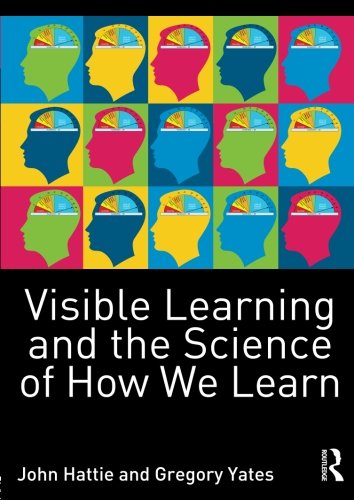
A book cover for Visible Learning and the Science of How We Learn; John Hattie; Science & Math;